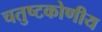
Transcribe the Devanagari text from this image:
चतुष्टकोणीय